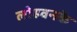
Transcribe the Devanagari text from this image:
लोहवनके